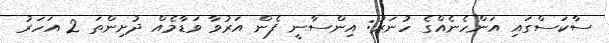
ސާކަސްގައި އަންހެނެއްގެ ހުނަރު: އިންސާނީ ފެން އަރުވާ ވަޑާމެއް ދުށިންތަ 2 އަހަރު